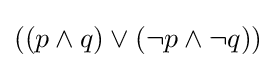
((p\land q)\lor (\neg p\land \neg q))